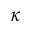
\kappa